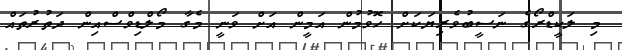
މި ލަކީޑްރޯގެ ނަސީބުވެރިޔަކަށް ހޮވުމުން އަމީން އަށް ވަނީ މެގާ މޯލްޑިވްސްއިން ދަތުރުތައް